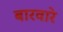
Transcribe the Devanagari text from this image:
बारवारे